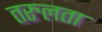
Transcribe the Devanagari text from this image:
तरुलता